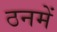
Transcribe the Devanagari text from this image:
ठनमें